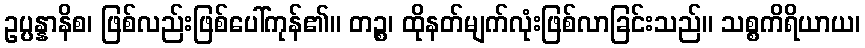
ဥပ္ပန္နာနိစ၊ ဖြစ်လည်းဖြစ်ပေါ်ကုန်၏။ တဉ္စ၊ ထိုနတ်မျက်လုံးဖြစ်လာခြင်းသည်။ သစ္စကိရိယာယ၊